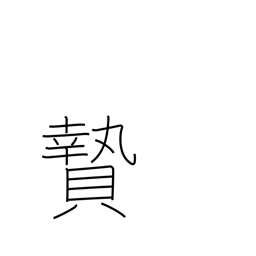
Meaning: sacrifice